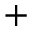
+